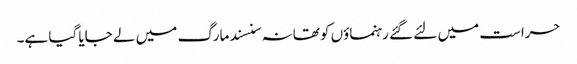
حراست میں لئے گئے رہنماؤں کو تھانہ سنسند مارگ میں لے جایا گیا ہے۔